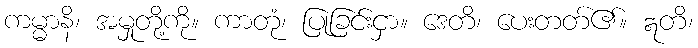
ကမ္မာနိ၊ အမှုတို့ကို။ ကာတုံ၊ ပြုခြင်းငှာ။ ဒေတိ၊ ပေးတတ်၏။ ဣတိ၊